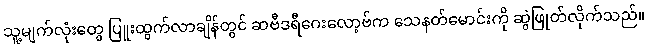
သူ့မျက်လုံးတွေ ပြူးထွက်လာချိန်တွင် ဆဗီဒရီဂေးလော့ဗ်က သေနတ်မောင်းကို ဆွဲဖြုတ်လိုက်သည်။